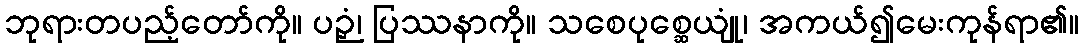
ဘုရားတပည့်တော်ကို။ ပဉှံ၊ ပြဿနာကို။ သစေပုစ္ဆေယျုံ၊ အကယ်၍မေးကုန်ရာ၏။